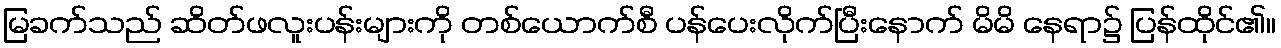
မြခက်သည် ဆိတ်ဖလူးပန်းများကို တစ်ယောက်စီ ပန်ပေးလိုက်ပြီးနောက် မိမိ နေရာ၌ ပြန်ထိုင်၏။